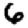
Digit: 6